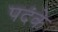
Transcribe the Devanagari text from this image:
पदंके